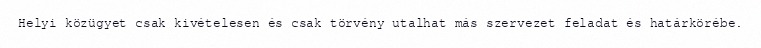
Helyi közügyet csak kivételesen és csak törvény utalhat más szervezet feladat és határkörébe.